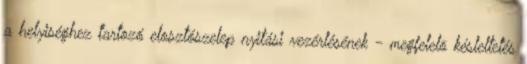
a helyiséghez tartozó elosztószelep nyitási vezérlésének - megfelelõ késleltetés